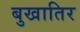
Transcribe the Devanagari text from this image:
बुखातिर